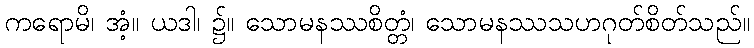
ကရောမိ၊ အံ့။ ယဒါ၊ ၌။ သောမနဿစိတ္တံ၊ သောမနဿသဟဂုတ်စိတ်သည်။